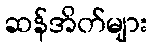
ဆန်အိတ်များ